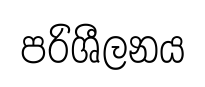
පරිශීලනය